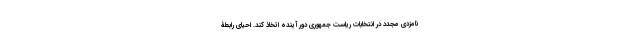
نامزدی مجدد در انتخابات ریاست جمهوری دور آینده اتخاذ کند. احیای رابطۀ